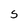
Character: S